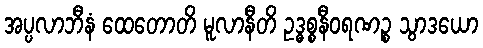
အပ္ပလာဘီနံ ထေတောတိ မူလာနီတိ ဥဒ္ဓစ္စနီဝရဏဉ္စ သွာဒယော